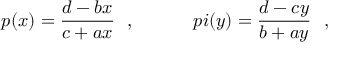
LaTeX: p ( x ) = \frac { d - b x } { c + a x } \ \ , \ \ \ \ \ \ \ \ \ \, p i ( y ) = \frac { d - c y } { b + a y } \ \ ,